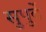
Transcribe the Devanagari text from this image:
सुपुर्दे